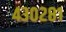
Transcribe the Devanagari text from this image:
४३०२८१